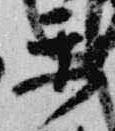
楽